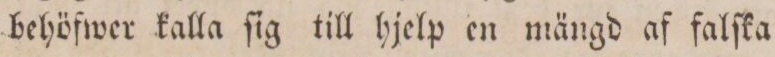
behöfwer kalla ſig till hjelp en mängd af falſka